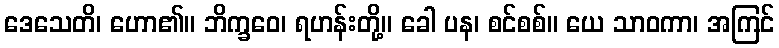
ဒေသေတိ၊ ဟော၏။ ဘိက္ခဝေ၊ ရဟန်းတို့။ ခေါ ပန၊ စင်စစ်။ ယေ သာဝကာ၊ အကြင်